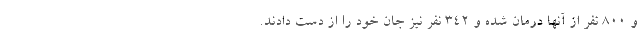
و ۸۰۰ نفر از آنها درمان شده و ۳۴۲ نفر نیز جان خود را از دست دادند.